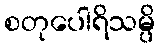
စတုပေါရိသမ္ပိ